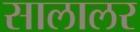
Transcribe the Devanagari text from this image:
सालालर